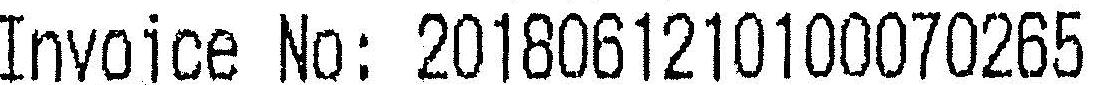
INVOICE NO: 2018061210100070265